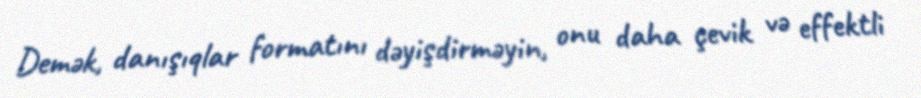
Demək, danışıqlar formatını dəyişdirməyin, onu daha çevik və effektli